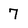
Character: 7